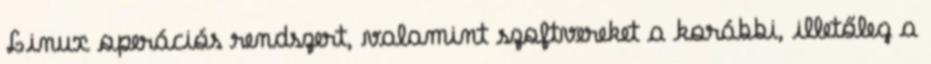
Linux operációs rendszert, valamint szoftvereket a korábbi, illetőleg a